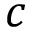
c